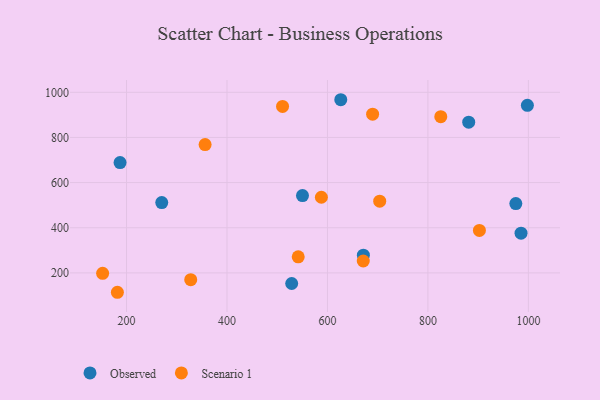
{"axis": {"x": "Speed", "y": "Fuel Efficiency"}, "legend": ["Observed", "Scenario 1"], "data": [{"x": "881.2", "y": 867.8, "type": "Observed"}, {"x": "187.1", "y": 688.9, "type": "Observed"}, {"x": "985.4", "y": 376.2, "type": "Observed"}, {"x": "270.1", "y": 511.4, "type": "Observed"}, {"x": "671.5", "y": 278.5, "type": "Observed"}, {"x": "998.0", "y": 942.1, "type": "Observed"}, {"x": "626.5", "y": 967.1, "type": "Observed"}, {"x": "550.3", "y": 542.5, "type": "Observed"}, {"x": "975.0", "y": 507.2, "type": "Observed"}, {"x": "528.8", "y": 153.1, "type": "Observed"}, {"x": "510.6", "y": 937.6, "type": "Scenario 1"}, {"x": "587.9", "y": 535.2, "type": "Scenario 1"}, {"x": "704.0", "y": 517.6, "type": "Scenario 1"}, {"x": "671.3", "y": 252.7, "type": "Scenario 1"}, {"x": "327.8", "y": 169.8, "type": "Scenario 1"}, {"x": "181.8", "y": 114.2, "type": "Scenario 1"}, {"x": "356.4", "y": 768.3, "type": "Scenario 1"}, {"x": "689.9", "y": 903.3, "type": "Scenario 1"}, {"x": "541.8", "y": 271.4, "type": "Scenario 1"}, {"x": "902.5", "y": 388.1, "type": "Scenario 1"}, {"x": "825.6", "y": 892.0, "type": "Scenario 1"}, {"x": "152.4", "y": 198.3, "type": "Scenario 1"}]}